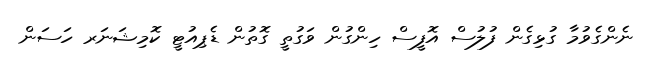
ނެންގެވުމާ ގުޅިގެން ފުލުސް އޮފީސް ހިންގުން ވަގުތީ ގޮތުން ޑެޕިއުޓީ ކޮމިޝަނަރ ހަސަން